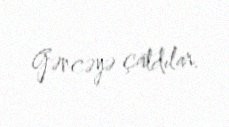
Gəncəyə çatdılar.